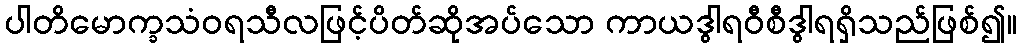
ပါတိမောက္ခသံဝရသီလဖြင့်ပိတ်ဆိုအပ်သော ကာယဒွါရဝီစီဒွါရရှိသည်ဖြစ်၍။